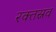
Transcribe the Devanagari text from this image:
रक्तस्नव